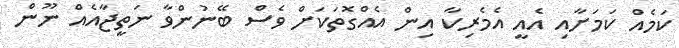
ކަމެއް ކަމަށާއި އެއީ އެމެރިކާ އިން އެއްގޮތަކަށް ވެސް ބޭނުންވާ ނަތީޖާއެއް ނޫން